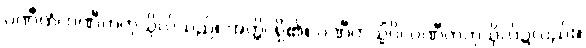
ပဏီတံ၊ ပဏီတကုသိုလ်သည်။ အတ္ထိ၊ ရှိ၏။ ပဏီတသ္မိံပိ၊ ပဏီတကုသိုလ်၌လည်း။